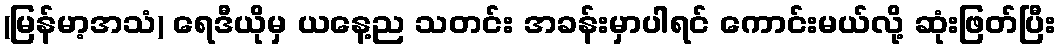
(မြန်မာ့အသံ) ရေဒီယိုမှ ယနေ့ည သတင်း အခန်းမှာပါရင် ကောင်းမယ်လို့ ဆုံးဖြတ်ပြီး